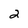
Character: 2